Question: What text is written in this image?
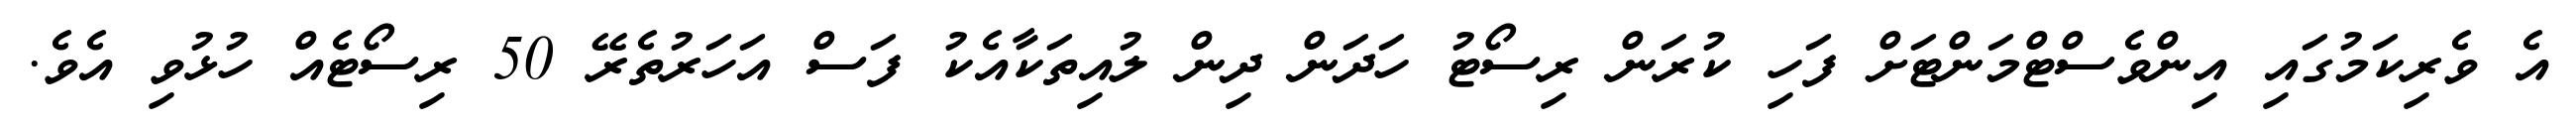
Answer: އެ ވެރިކަމުގައި އިންވެސްޓްމަންޓަށް ފަހި ކުރަން ރިސޯޓު ހަދަން ދިން ލުއިތަކާއެކު ފަސް އަހަރުތެރޭ 50 ރިސޯޓެއް ހުޅުވި އެވެ.